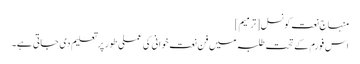
منہاج نعت کونسل[ترمیم]
اس فورم کے تحت طلبہ میں فن نعت خوانی کی عملی طور پر تعلیم دی جاتی ہے۔